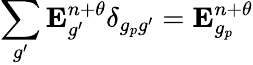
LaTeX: \sum_{g^{\prime}}\mathbf{E}_{g^{\prime}}^{n+\theta}\delta_{g_{p}g^{\prime}}=\mathbf{E}_{g_{p}}^{n+\theta}